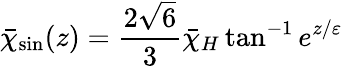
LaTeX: \bar{\chi}_{\mathrm{sin}}(z)=\frac{2\sqrt 6}{3}\bar{\chi}_{H}\tan^{-1}e^{z/\varepsilon}